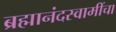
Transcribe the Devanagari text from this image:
ब्रह्मानंदस्वामींचा